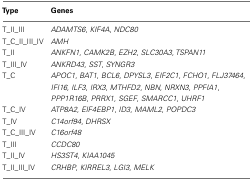
<table><thead><tr><td><b>Type</b></td><td><b>Genes</b></td></tr></thead><tbody><tr><td>T_II_III</td><td><i>ADAMTS6</i>, <i>KIF4A</i>, <i>NDC80</i></td></tr><tr><td>T_C_II_III_IV</td><td><i>AMH</i></td></tr><tr><td>T_II</td><td><i>ANKFN1</i>, <i>CAMK2B</i>, <i>EZH2</i>, <i>SLC30A3</i>, <i>TSPAN11</i></td></tr><tr><td>T_III_IV</td><td><i>ANKRD43</i>, <i>SST</i>, <i>SYNGR3</i></td></tr><tr><td>T_C</td><td><i>APOC1</i>, <i>BAT1</i>, <i>BCL6</i>, <i>DPYSL3</i>, <i>EIF2C1</i>, <i>FCHO1</i>, <i>FLJ37464</i>, <i>IFI16</i>, <i>ILF3</i>, <i>IRX3</i>, <i>MTHFD2</i>, <i>NBN</i>, <i>NRXN3</i>, <i>PPFIA1</i>, <i>PPP1R16B</i>, <i>PRRX1</i>, <i>SGEF</i>, <i>SMARCC1</i>, <i>UHRF1</i></td></tr><tr><td>T_C_IV</td><td><i>ATP8A2</i>, <i>EIF4EBP1</i>, <i>ID3</i>, <i>MAML2</i>, <i>POPDC3</i></td></tr><tr><td>T_IV</td><td><i>C14orf94</i>, <i>DHRSX</i></td></tr><tr><td>T_C_III_IV</td><td><i>C16orf48</i></td></tr><tr><td>T_III</td><td><i>CCDC80</i></td></tr><tr><td>T_II_IV</td><td><i>HS3ST4</i>, <i>KIAA1045</i></td></tr><tr><td>T_II_III_IV</td><td><i>CRHBP</i>, <i>KIRREL3</i>, <i>LGI3</i>, <i>MELK</i></td></tr></tbody></table>